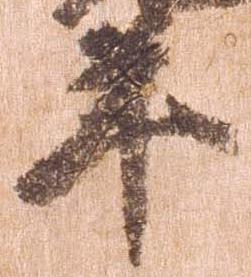
年